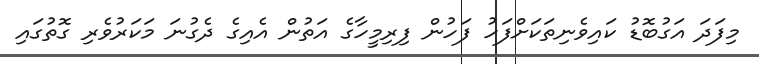
މިފަދަ އަގުބޮޑު ކައިވެނިތަކަށްފަހު ފަހުން ފިރިމީހާގެ އަތުން އެއިގެ ދެގުނަ މަކަރުވެރި ގޮތުގައި